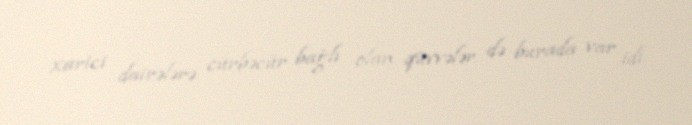
xarici dairələrə cürbəcür bağlı olan qüvvələr də burada var idi.